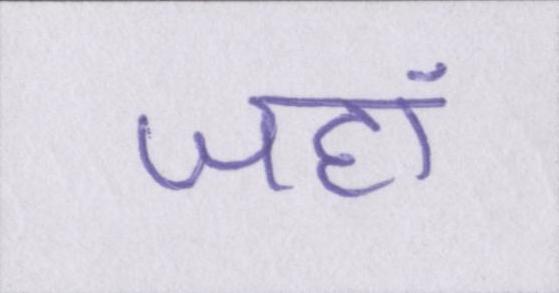
जहां